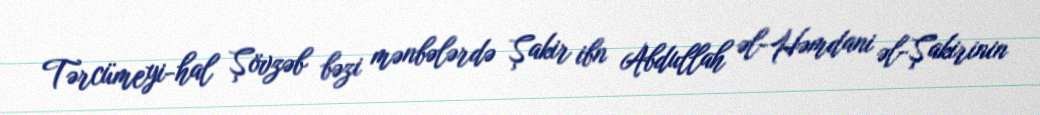
Tərcümeyi-hal Şövzəb bəzi mənbələrdə Şakir ibn Abdullah əl-Həmdani əl-Şakirinin